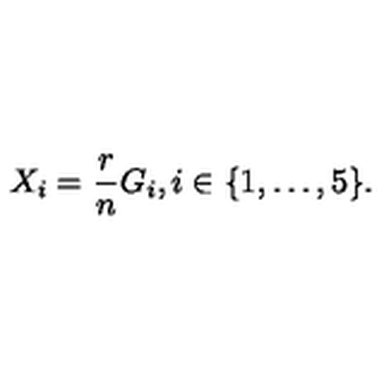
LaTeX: X _ { i } = \frac { r } { n } G _ { i } , i \in \{ 1 , \ldots , 5 \} .